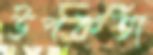
উপকর্তা